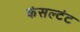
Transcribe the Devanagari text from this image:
कंसल्टंट